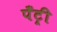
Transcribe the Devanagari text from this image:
पँट्री